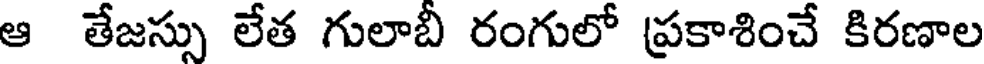
ఆ తేజస్సు లేత గులాబీ రంగులో ప్రకాశించే కిరణాల